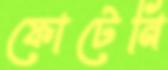
ফোটেনি